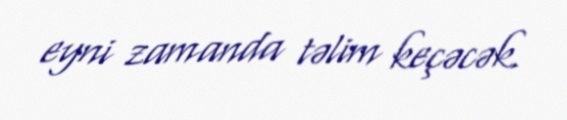
eyni zamanda təlim keçəcək.